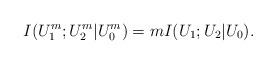
LaTeX: \begin{align*}I(U^m_{1};U^m_{2}|U^m_{0})=mI(U_1;U_2|U_0).\end{align*}